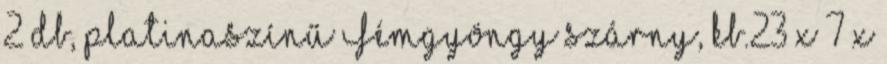
2 db, platinaszínű Fémgyöngy szárny, kb.23 x 7 x